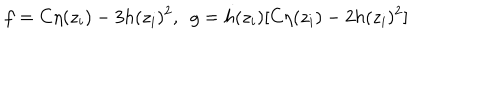
LaTeX: f = C \eta ( z _ { i } ) - 3 h ( z _ { i } ) ^ { 2 } , ~ ~ g = h ( z _ { i } ) [ C \eta ( z _ { i } ) - 2 h ( z _ { i } ) ^ { 2 } ]